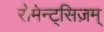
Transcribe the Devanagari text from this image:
रोमेन्ट्सिज़म्